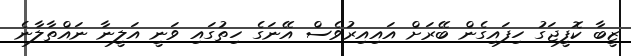
ޒީބާ ކޮފީޖަގު ހިފައިގެން ބޭރަށް އައިއިރުވެސް އޭނަގެ ހިތުގައި ވަނީ އަލީނާ ނައްތާލާނެ